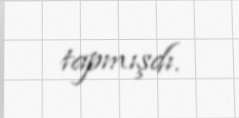
tapmışdı.